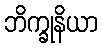
ဘိက္ခုနိယာ